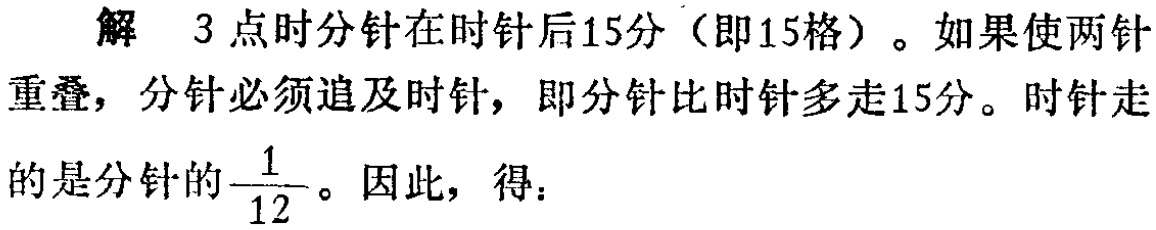
解 3 点时分针在时针后15分（即15格）。如果使两针重叠，分针必须追及时针，即分针比时针多走15分。时针走的是分针的$\frac{1}{12}$。因此，得：